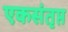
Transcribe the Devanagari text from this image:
एकसंतृप्त